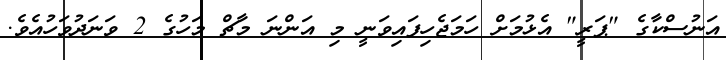
އަނުސްކާގެ "ޕަރީ" އެޅުމަށް ހަމަޖެހިފައިވަނީ މި އަންނަ މާޗް މަހުގެ 2 ވަނަދުވަހުއެވެ.